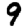
Digit: 9